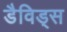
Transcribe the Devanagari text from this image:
डैविड्स